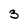
Character: 3